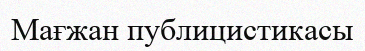
Мағжан публицистикасы